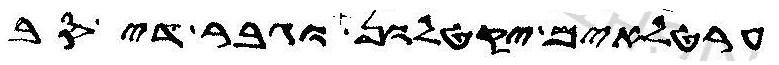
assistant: ערטלאים יקטלון וגבר דיסב